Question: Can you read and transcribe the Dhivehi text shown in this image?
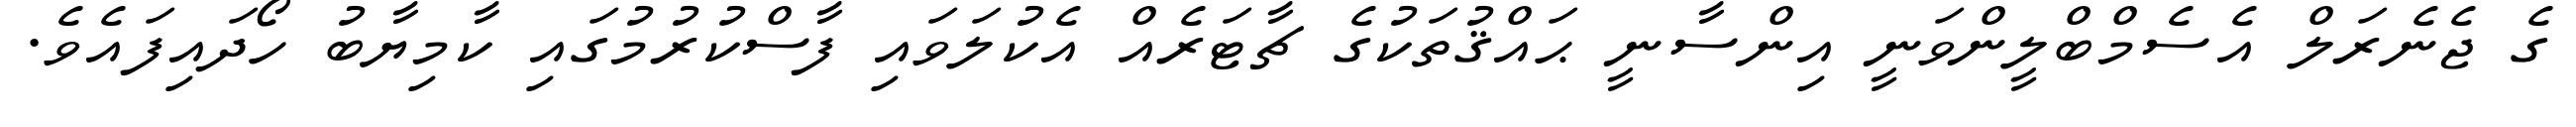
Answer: ގެ ޖެނެރަލް އެސެމްބްލީންވަނީ އިންސާނީ ޙައްޤުތަކުގެ ޗާޓަރެއް އެކުލަވައި ފާސްކުރުމުގައި ކާމިޔާބު ހޯދައިފައެވެ.